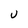
Character: U